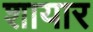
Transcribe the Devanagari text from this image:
शायार